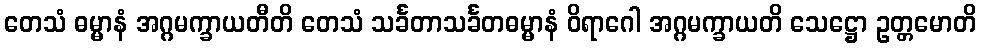
တေသံ ဓမ္မာနံ အဂ္ဂမက္ခာယတီတိ တေသံ သင်္ခတာသင်္ခတဓမ္မာနံ ဝိရာဂေါ အဂ္ဂမက္ခာယတိ သေဋ္ဌော ဥတ္တမောတိ